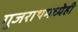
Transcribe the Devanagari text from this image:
गुजराथमध्येही